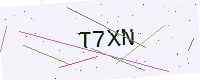
Text: T7XN